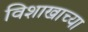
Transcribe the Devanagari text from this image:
विशाखाच्या